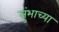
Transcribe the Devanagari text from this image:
सुंभाच्या